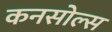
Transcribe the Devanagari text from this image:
कनसोल्स